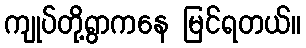
ကျုပ်တို့ရွာကနေ မြင်ရတယ်။